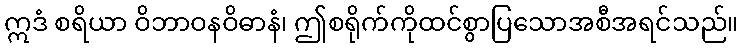
ဣဒံ စရိယာ ဝိဘာဝနဝိဓာနံ၊ ဤစရိုက်ကိုထင်စွာပြသောအစီအရင်သည်။